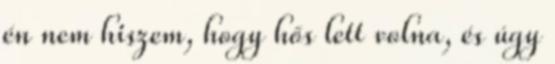
én nem hiszem, hogy hős lett volna, és úgy